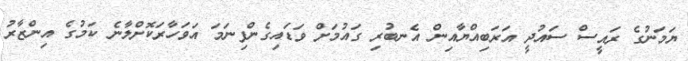
ޔަމަނުގެ ރައީސް ސައުދީ އަރަބިއްޔާއިން އެނބުރި ގައުމަށް ވަޑައިގެންފިނަމަ އަވަހާރަކޮށްލާނެ ކަމުގެ އިންޒާރު